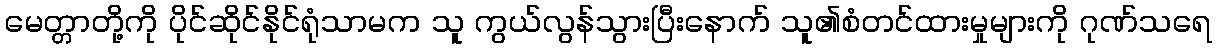
မေတ္တာတို့ကို ပိုင်ဆိုင်နိုင်ရုံသာမက သူ ကွယ်လွန်သွားပြီးနောက် သူ၏စံတင်ထားမှုများကို ဂုဏ်သရေ